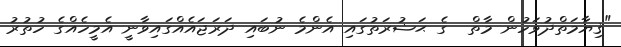
"ޤިޔާމަތްދުވަހުން މާތް  ގެ ޙަޟުރަތުގައި އެންމެ ނުބައި ދަރަޖައެއްގައިވާނީ އެމީހެއްގެ ހުތުރު